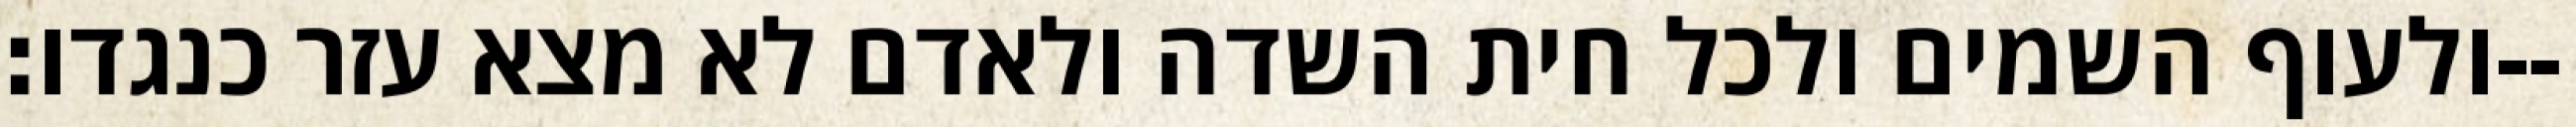
ולעוף השמים ולכל חית השדה ולאדם לא מצא עזר כנגדו׃--